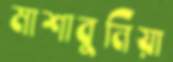
মাশাবুনিয়া